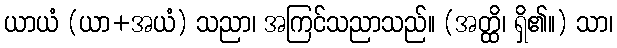
ယာယံ (ယာ+အယံ) သညာ၊ အကြင်သညာသည်။ (အတ္ထိ၊ ရှိ၏။) သာ၊